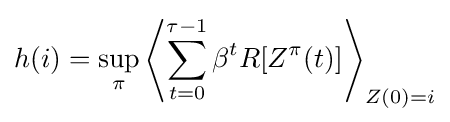
h(i)=\sup _{\pi }\left\langle \sum _{t=0}^{\tau -1}\beta ^{t}R[Z^{\pi }(t)]\right\rangle _{Z(0)=i}